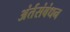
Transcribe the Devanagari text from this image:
अंर्तसंबंधन